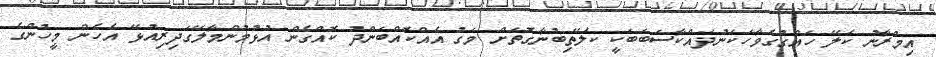
އިމްރާނު ކަލޭ ހައްގުގެވާހަކަނުދައްކާސަބަބަކީ ކަލޭތިބުނާގޮތަށް މަގު އެއްކޮއްބަންދު ކޮއްގެން އުޅުމުންމާލޭގަދިރިއުޅޭ އެހެން މީހުންގެ